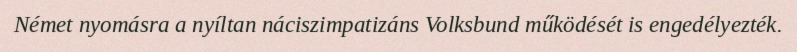
Német nyomásra a nyíltan náciszimpatizáns Volksbund működését is engedélyezték.